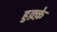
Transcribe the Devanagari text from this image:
हुक़्क़े